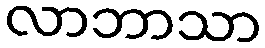
လာဘာသာ